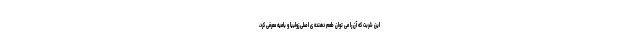
این شربت که آن را می توان طعم دهنده ی اصلی زولبیا و بامیه معرفی کرد،